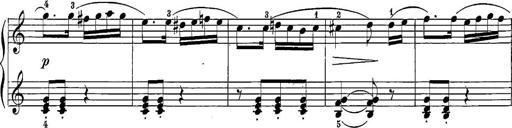
Title: 12 Sonatine per Pianoforte
Composer: Friedrich Kuhlau